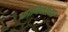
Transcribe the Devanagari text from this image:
फीनिक्सच्या